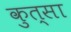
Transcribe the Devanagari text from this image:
कुत्सा